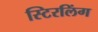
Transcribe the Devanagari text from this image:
स्टिरलिंग